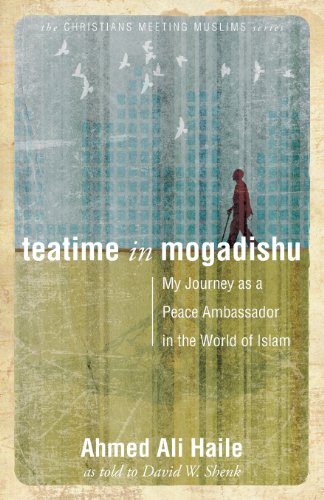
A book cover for Teatime in Mogadishu: My Journey as a Peace Ambassador in the World of Islam (Christians Meeting Muslims); HAILE AHMED ALI; Christian Books & Bibles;